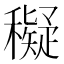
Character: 𥣖